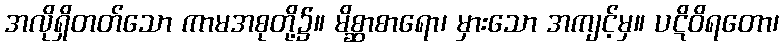
အလိုရှိတတ်သော ကာမအစုတို့၌။ မိစ္ဆာစာရော၊ မှားသော အကျင့်မှ။ ပဋိဝိရတော၊